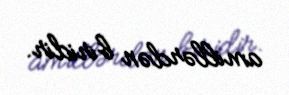
amillərdən biridir.